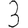
Digit: 3